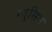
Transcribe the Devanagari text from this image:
म्युसिम